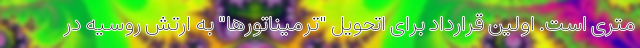
متری است. اولین قرارداد برای اتحویل "ترمیناتورها" به ارتش روسیه در